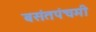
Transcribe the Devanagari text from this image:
बसंतपंचमी